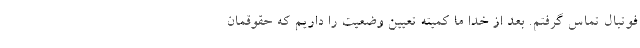
فوتبال تماس گرفتم. بعد از خدا ما کمیته تعیین وضعیت را داریم که حقوقمان